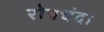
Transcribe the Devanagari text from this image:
रोयचंद।